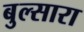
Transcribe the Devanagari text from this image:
बुल्सारा